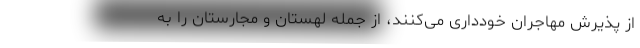
از پذیرش مهاجران خودداری می‌کنند‌، از جمله لهستان و مجارستان را به